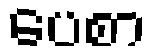
ပေစာ